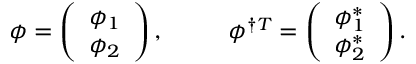
\phi = \left( \begin{array} { c } { { \phi _ { 1 } } } \\ { { \phi _ { 2 } } } \end{array} \right) , \ \ \ \ \ \ \ \ \phi ^ { \dagger T } = \left( \begin{array} { c } { { \phi _ { 1 } ^ { * } } } \\ { { \phi _ { 2 } ^ { * } } } \end{array} \right) .